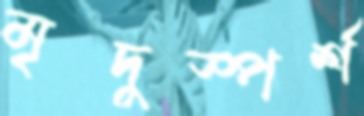
মৃদুস্পর্শ